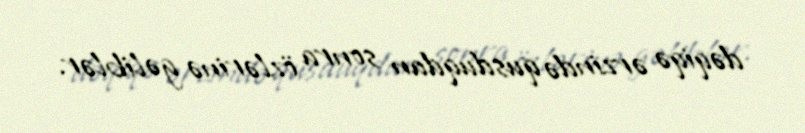
dəqiqə ərzində qusduqdan sonra özlərinə gəliblər.